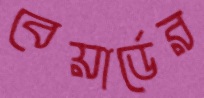
বেয়ার্ডের